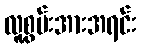
လူ့စွမ်းအားအရင်း